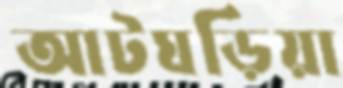
আটঘড়িয়া